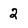
Character: 2